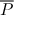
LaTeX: \overline { { P } }